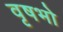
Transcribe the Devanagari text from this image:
वृषभो